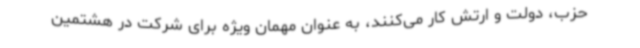
حزب، دولت و ارتش کار می‌کنند، به عنوان مهمان ویژه برای شرکت در هشتمین